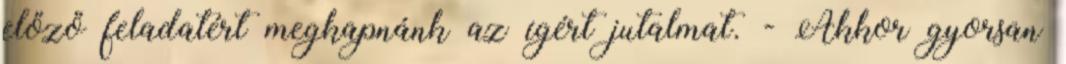
előző feladatért megkapnánk az ígért jutalmat. - Akkor gyorsan